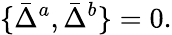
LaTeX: \{ \bar{\Delta}^{a},\bar{\Delta}^{b}\} =0.